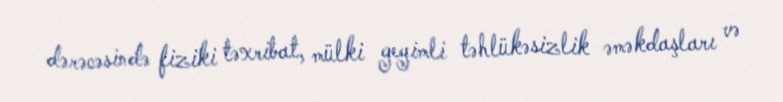
dərəcəsində fiziki təxribat, mülki geyimli təhlükəsizlik əməkdaşları və